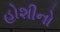
હોશીનો